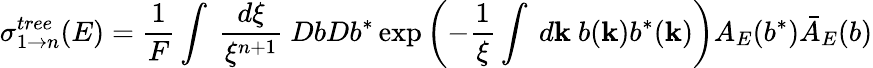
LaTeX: \sigma_{1\to n}^{tree}(E)=\frac{1}{F}\int~\frac{d\xi}{\xi^{n+1}}~DbDb^{*}\exp\left(-\frac{1}{\xi}\int~d{\mathbf k}~b({\mathbf k})b^{*}({\mathbf k})\right)A_{E}(b^{*})\bar{A}_{E}(b)